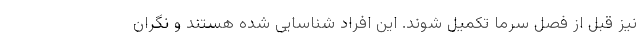
نیز قبل از فصل سرما تکمیل شوند. این افراد شناسایی شده هستند و نگران